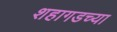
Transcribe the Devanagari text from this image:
शहागडच्या